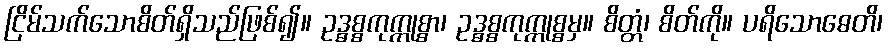
ငြိမ်သက်သောစိတ်ရှိသည်ဖြစ်၍။ ဥဒ္ဓစ္စကုက္ကုစ္စာ၊ ဥဒ္ဓစ္စကုက္ကုစ္စမှ။ စိတ္တံ၊ စိတ်ကို။ ပရိသောဓေတိ၊